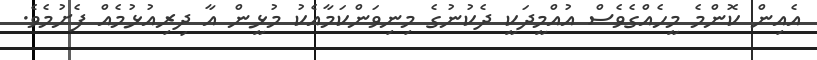
އެއިން ކޮންމެ މީހެއްގެވެސް އުއްމީދަކީ ދެކުނުގެ މިނިވަންކަމާއެކު މުޅީން އާ ދިރިއުޅުމެއް ފެށުމެވެ.